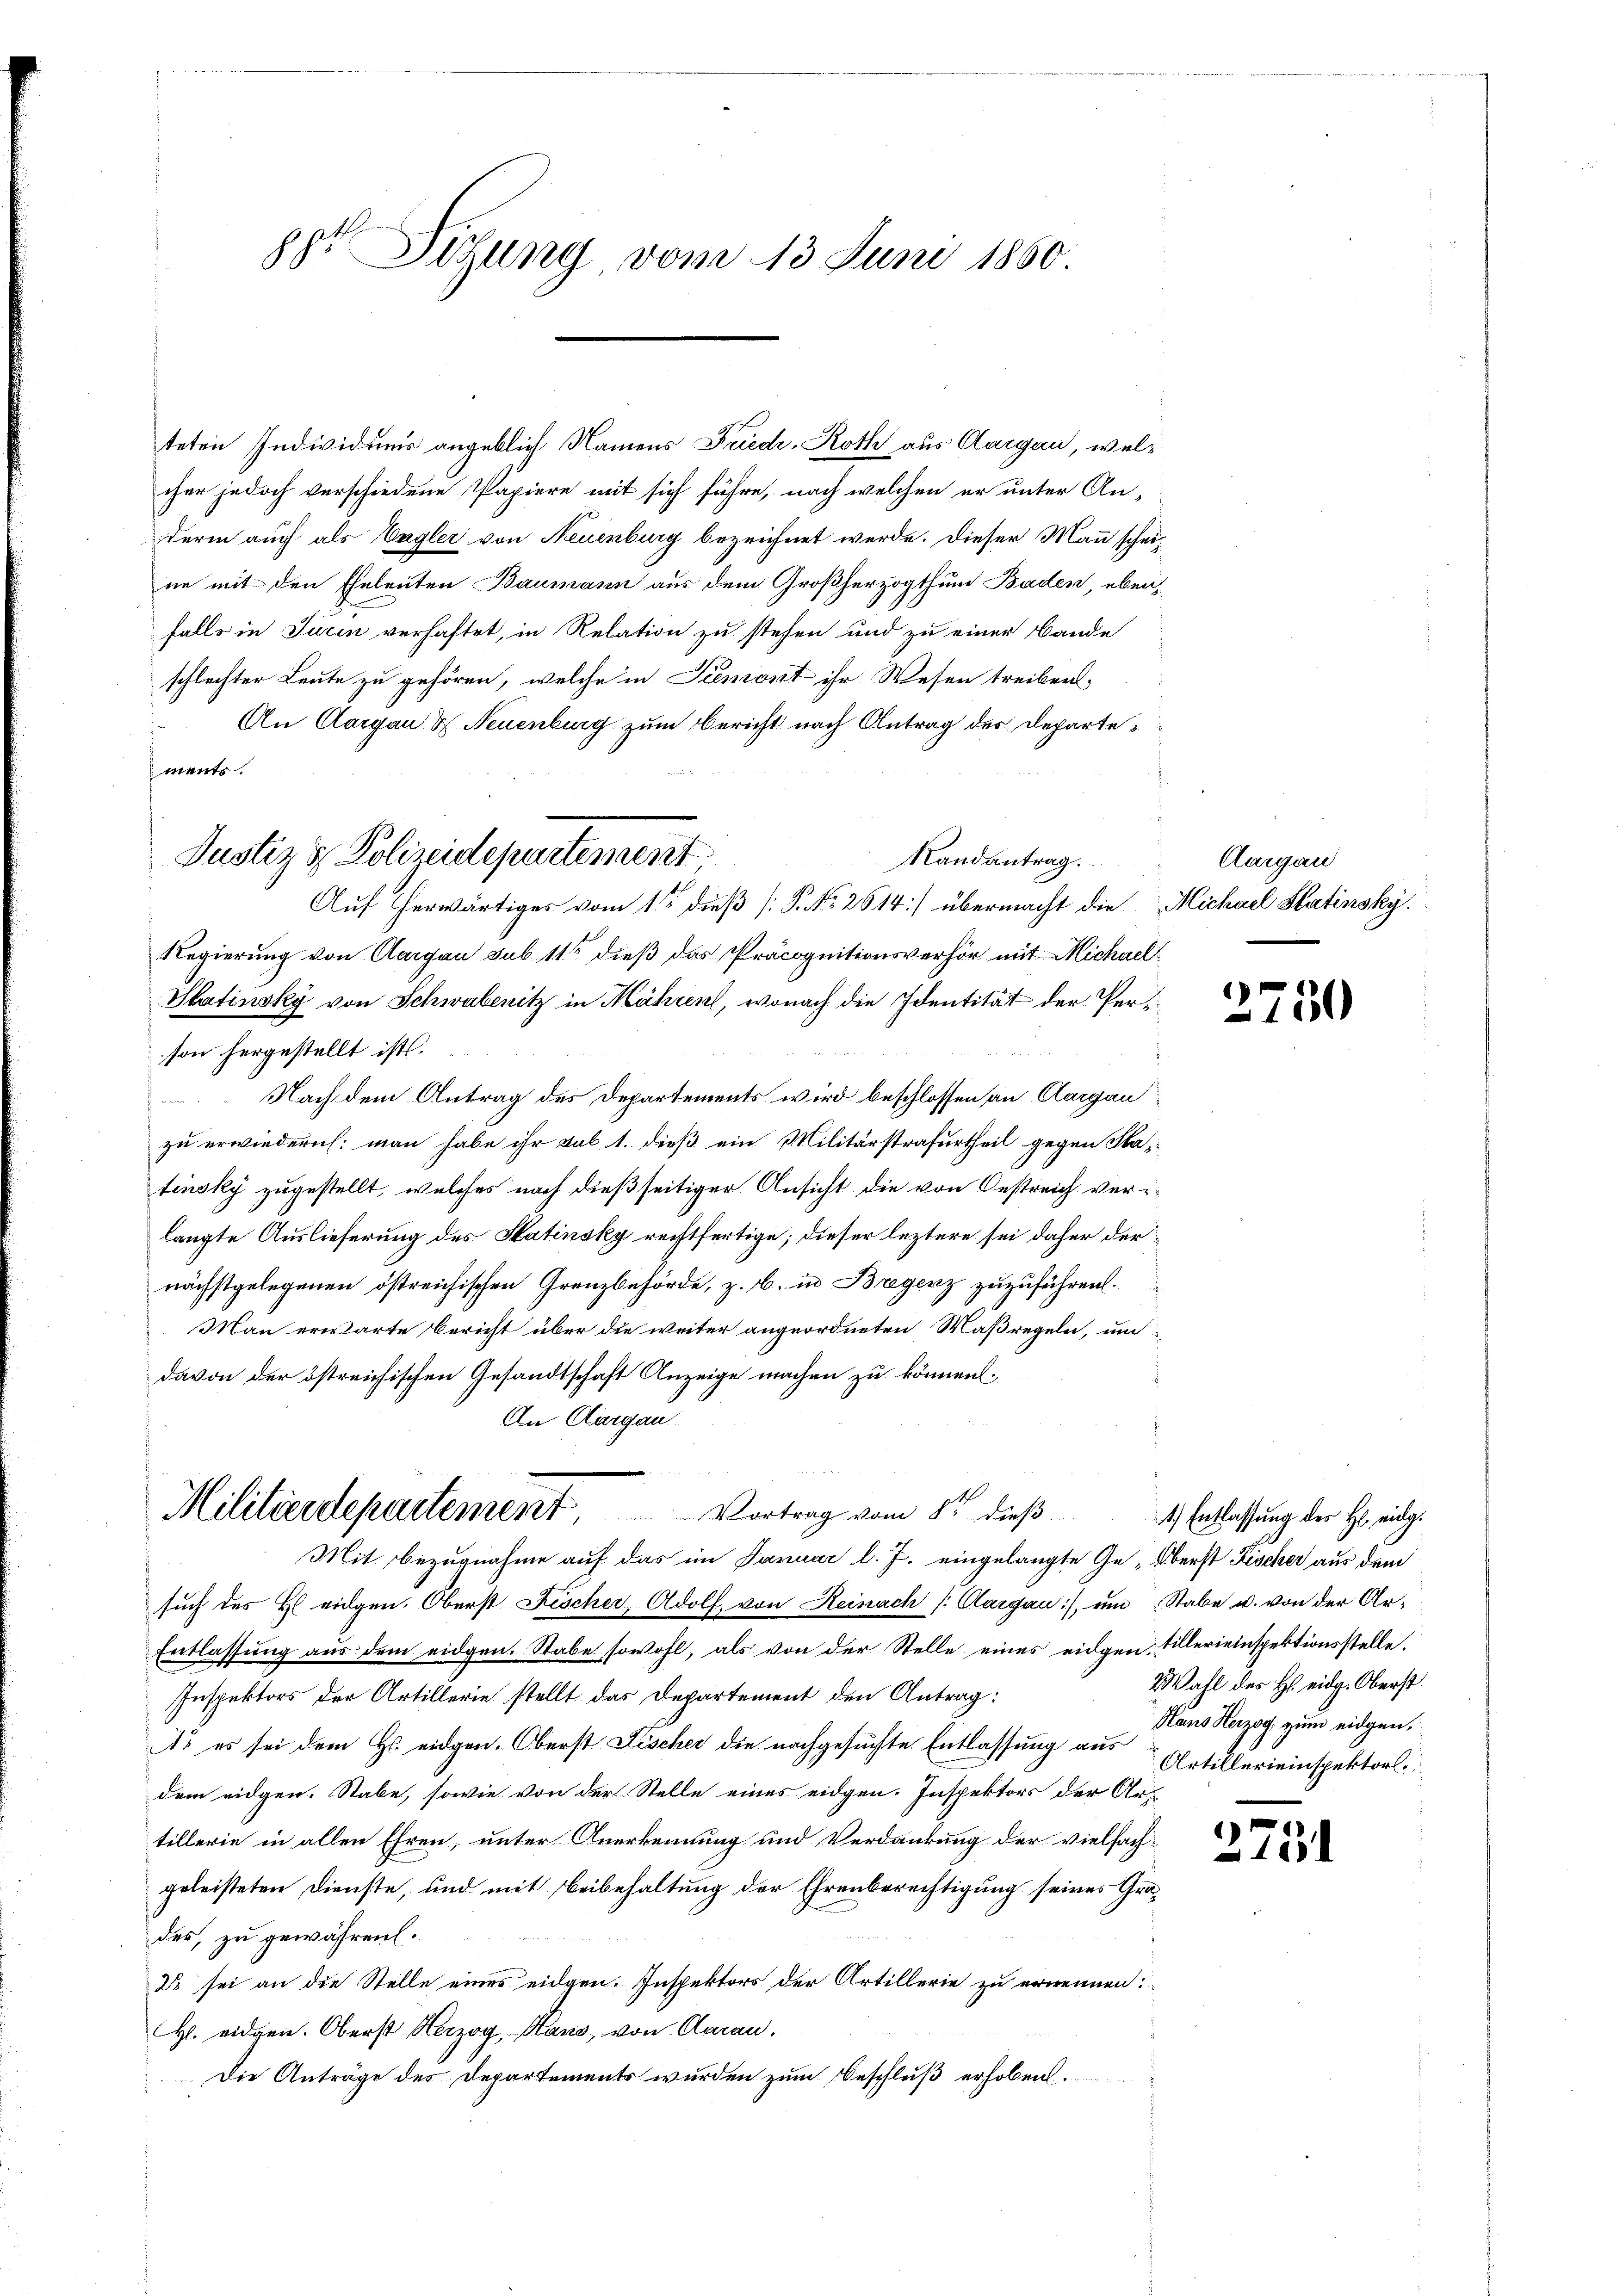
ger Sitzung, vom 13. Juni 1860

teten Individums angeblich Namens Friedr. Roth aus Aargau, welcher jedoch verschiedene Papiere mit sich führe, nach welchen er unter An-
derin auch als Engler von Neuenburg bezeichnet werde. Dieser Mann scheine mit den Eheleuten Baumann aus dem Großherzogthum Baden, ebenfalls in Turin verhaftet, in Relation zu stehen und zu einer Bande
schlechter Leute zu gehören, welche in Piemont ihr Wesen treiben,
An Aargau & Neuenburg zum Bericht nach Antrag des Departements.
Randantrag.
Auf herwärtiges vom 1ten dieß P. No. 2614] übermacht die Michael Statinsky.
Regierung von Aargau sub 11 dieß das Präcognitionsverhör mit Michael
Statinsky von Schwabenitz in Mähren, wonach die Identität der Person hergestellt ist.
 Nach dem Antrag des Departements wird beschlossen an Aargauzu erwiedern: man habe ihr sub 1. dieß ein Militärstrafurtheil gegen Satinsky zugestellt, welches nach dießseitiger Ansicht die von Oestreich verlangte Auslieferung des Satinsky rechtfertige; dieser leztere sei daher der
nächstgelegenen östreichischen Grenzbehörde, z. B. in Bregenz zuzuführen.
Man erwarte Bericht über die weiter angeordneten Maßregeln, um
davon der östreichischen Gesandtschaft Anzeige machen zu können.
An Aargau
Militärdepartement. Vortrag vom 8ten dieß.
Mit Bezugnahme auf das im Januar l. J. eingelangte Ge- Oberst Fischer aus dem
such des H. eingen. Oberst Fischer, Adolf, von Reinach Aargau, ein Stabe u. von der Ar-
Entlassung aus dem eidgen. Stabe sowohl, als von der Stelle eines eidgen. Villerieinspektionsstelle.
Inspektors der Artillerie stellt das Departement den Antrag:
1. es sei dem Hs. eidgen. Oberst Fischer die nachgesuchte Entlassung aus Artillerieinspektor
dem eidgen. Stabe, sowie von der Stelle eines eidgen. Inspektors der Artillerie in allen Ehren, unter Anerkennung und Verdankung der vielfachgeleisteten Dienste, und mit Beibehaltung der Ehrenberechtigung seines Grades, zu gewähren.
2 sei an die Stelle eines eidgen. Inspektors der Artillerie zu ernennen:
Hl. eidgen. Oberst Herzog, Hans, von Aaran.
Die Anträge des Departements wurden zum Beschluß erhoben.

Justiz & Polizeidepartement

Aargau

2750

4) Entlassung des H. eidg.
Wahl des H. eidg. Oberst
Hans Herzog zum eidgen.

2751